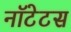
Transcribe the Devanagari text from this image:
नॉटेटस